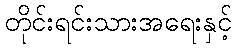
တိုင်းရင်းသားအရေးနှင့်